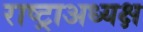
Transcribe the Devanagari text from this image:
राष्ट्राअध्यक्ष